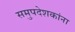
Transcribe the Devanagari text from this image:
समुपदेशकांना